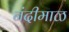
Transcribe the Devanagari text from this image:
नंदीमाळ